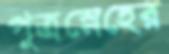
পুত্রস্নেহের